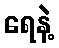
ရေနဲ့